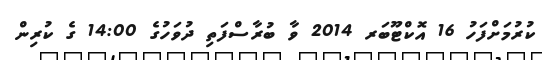
ކުރުމަށްފަހު 16 އޮކްޓޫބަރ 2014 ވާ ބުރާސްފަތި ދުވަހުގެ 14:00 ގެ ކުރިން